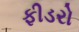
ફીડરો